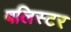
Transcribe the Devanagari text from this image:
बलिस्टर